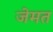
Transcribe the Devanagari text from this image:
जेमत